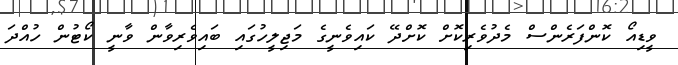
ވީޑިއޯ ކޮންފަރެންސް މެދުވެރިކޮށް ކޮށްދޭ ކައިވެނީގެ މަޖިލީހުގައި ބައިވެރިވާން ވާނީ ކޯޓުން ހުއްދަ